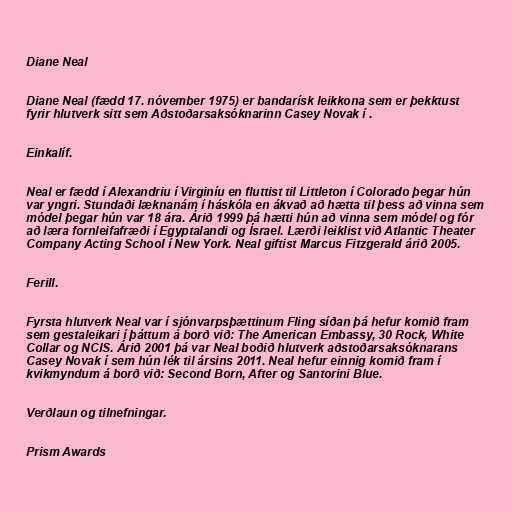
Diane Neal

Diane Neal (fædd 17. nóvember 1975) er bandarísk leikkona sem er þekktust
fyrir hlutverk sitt sem Aðstoðarsaksóknarinn Casey Novak í .

Einkalíf.

Neal er fædd í Alexandriu í Virginíu en fluttist til Littleton í Colorado þegar hún
var yngri. Stundaði læknanám í háskóla en ákvað að hætta til þess að vinna sem
módel þegar hún var 18 ára. Árið 1999 þá hætti hún að vinna sem módel og fór
að læra fornleifafræði í Egyptalandi og Ísrael. Lærði leiklist við Atlantic Theater
Company Acting School í New York. Neal giftist Marcus Fitzgerald árið 2005.

Ferill.

Fyrsta hlutverk Neal var í sjónvarpsþættinum Fling síðan þá hefur komið fram
sem gestaleikari í þáttum á borð við: The American Embassy, 30 Rock, White
Collar og NCIS. Árið 2001 þá var Neal boðið hlutverk aðstoðarsaksóknarans
Casey Novak í sem hún lék til ársins 2011. Neal hefur einnig komið fram í
kvikmyndum á borð við: Second Born, After og Santorini Blue.

Verðlaun og tilnefningar.

Prism Awards